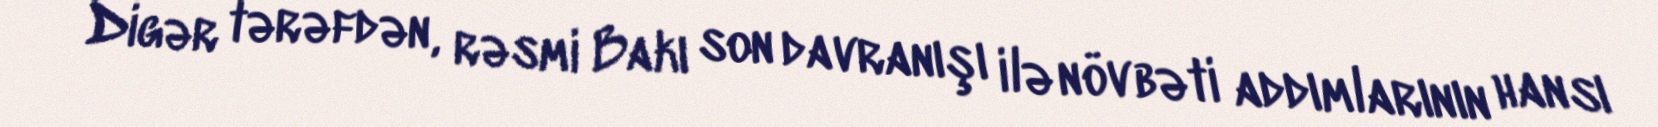
Digər tərəfdən, rəsmi Bakı son davranışı ilə növbəti addımlarının hansı